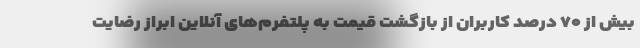
بیش از ۷۰ درصد کاربران از بازگشت قیمت به پلتفرم‌های آنلاین ابراز رضایت